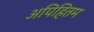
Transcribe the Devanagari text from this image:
अपिहितम